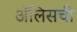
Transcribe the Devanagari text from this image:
ॲलिसची